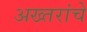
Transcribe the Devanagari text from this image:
अख्तरांचे